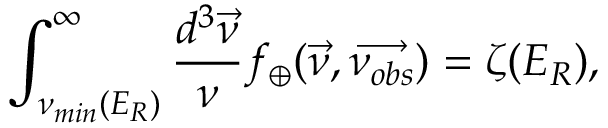
\int _ { { \nu } _ { m i n } ( E _ { R } ) } ^ { \infty } \frac { d ^ { 3 } \overrightarrow { \nu } } { \nu } f _ { \oplus } ( \overrightarrow { \nu } , \overrightarrow { \nu _ { o b s } } ) = { \zeta } ( E _ { R } ) ,